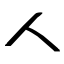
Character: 人